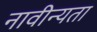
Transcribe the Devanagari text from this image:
नावीन्यता